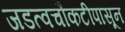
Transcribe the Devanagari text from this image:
जडत्वचौकटीपासून